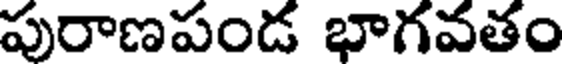
పురాణపండ భాగవతం